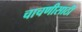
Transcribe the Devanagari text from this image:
चाचणीसाठी